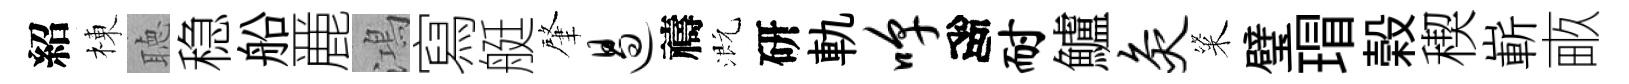
紹棟聴稳船䴡鴻寫艇肇遏禱溉研軌嗥高耐鱸灸粢璧瑁榖稧嶄畞